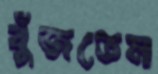
বুঁজতেম